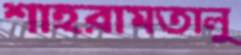
শাহরামতালু